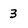
Character: 3